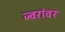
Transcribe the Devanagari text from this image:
ज्वरांवर